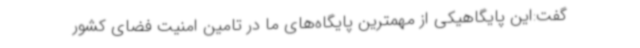
گفت:این پایگاهیکی از مهمترین پایگاه‌های ما در تامین امنیت فضای کشور